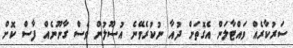
ސަރުކާރެއް ވައްޓާލަން އެގޮތަށް ދުއާ ނުކުރެވޭނެ އުސޫލުން ވެސް ގާނޫނެއް ފާސް ކޮށް